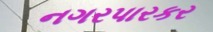
નગરપારકર